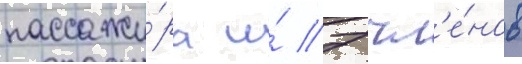
пассажи́ра и́ 7 чл'е́нов